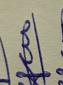
Signature authenticity: genuine